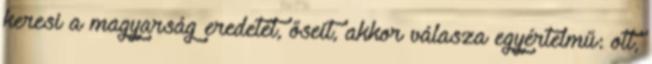
keresi a magyarság eredetét, őseit, akkor válasza egyértelmű: ott,